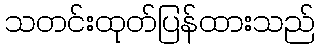
သတင်းထုတ်ပြန်ထားသည်